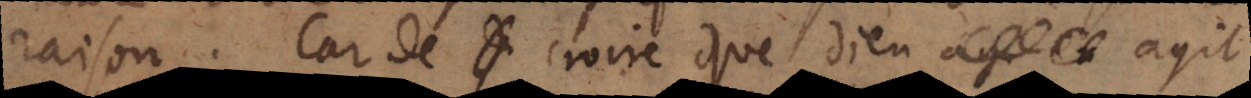
raison. Car de croire que Dieu agit